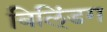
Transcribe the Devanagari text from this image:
बिलि्ंडग